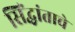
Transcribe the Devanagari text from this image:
सिंद्धांताचे